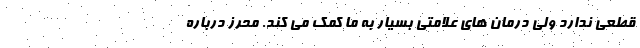
قطعی ندارد ولی درمان های علامتی بسیار به ما کمک می کند. محرز درباره